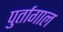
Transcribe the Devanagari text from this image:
पुर्तागाल